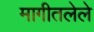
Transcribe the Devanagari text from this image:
मागीतलेले